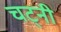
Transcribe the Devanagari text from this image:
चट्नी